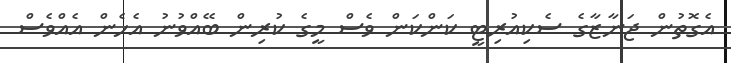
އެގޮތުން ޖަނާޒާގެ ސެކިއުރިޓީ ކަންކަން ވެސް މީގެ ކުރިން ބޭއްވުނު އެހެން އެއްވެސް